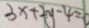
3 x + 2 y - 4 =